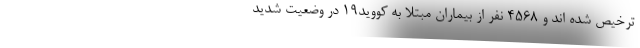
ترخیص شده اند و ۴۵۶۸ نفر از بیماران مبتلا به کووید۱۹ در وضعیت شدید